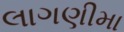
લાગણીમા